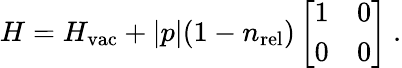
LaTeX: H=H_{\mathrm{vac}}+|p|(1-n_{\mathrm{rel}})\left[\begin{array}{cc}{{1}}&{{0}}\\ {{0}}&{{0}}\end{array}\right]~.